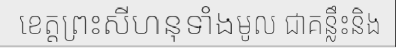
ខេត្តព្រះសីហនុទាំងមូល ជាគន្លឹះនិង